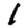
Digit: 1